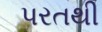
પરતથી